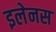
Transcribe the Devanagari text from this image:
इलेनस